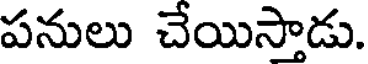
పనులు చేయిస్తాడు.